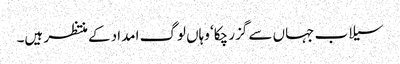
سیلاب جہاں سے گزر چکا‘ وہاں لوگ امداد کے منتظر ہیں۔